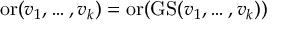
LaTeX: \operatorname { o r } ( v _ { 1 } , \dots , v _ { k } ) = \operatorname { o r } ( \operatorname { G S } ( v _ { 1 } , \dots , v _ { k } ) )